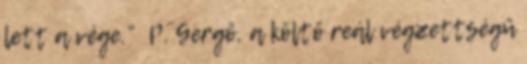
lett a vége.” P. Gergő, a költő reál végzettségű